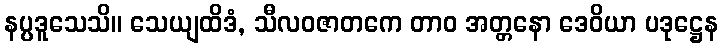
နပ္ပဒူသေသိ။ သေယျထိဒံ, သီလဝဇာတကေ တာဝ အတ္တနော ဒေဝိယာ ပဒုဋ္ဌေန